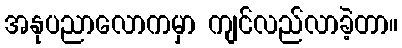
အနုပညာလောကမှာ ကျင်လည်လာခဲ့တာ။